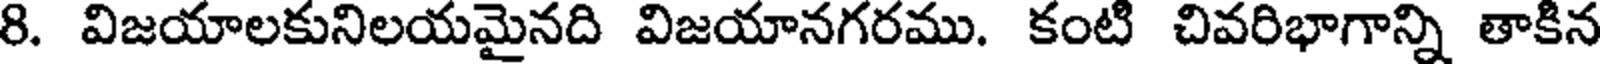
8. విజయాలకునిలయమైనది విజయానగరము. కంటి చివరిభాగాన్ని తాకిన